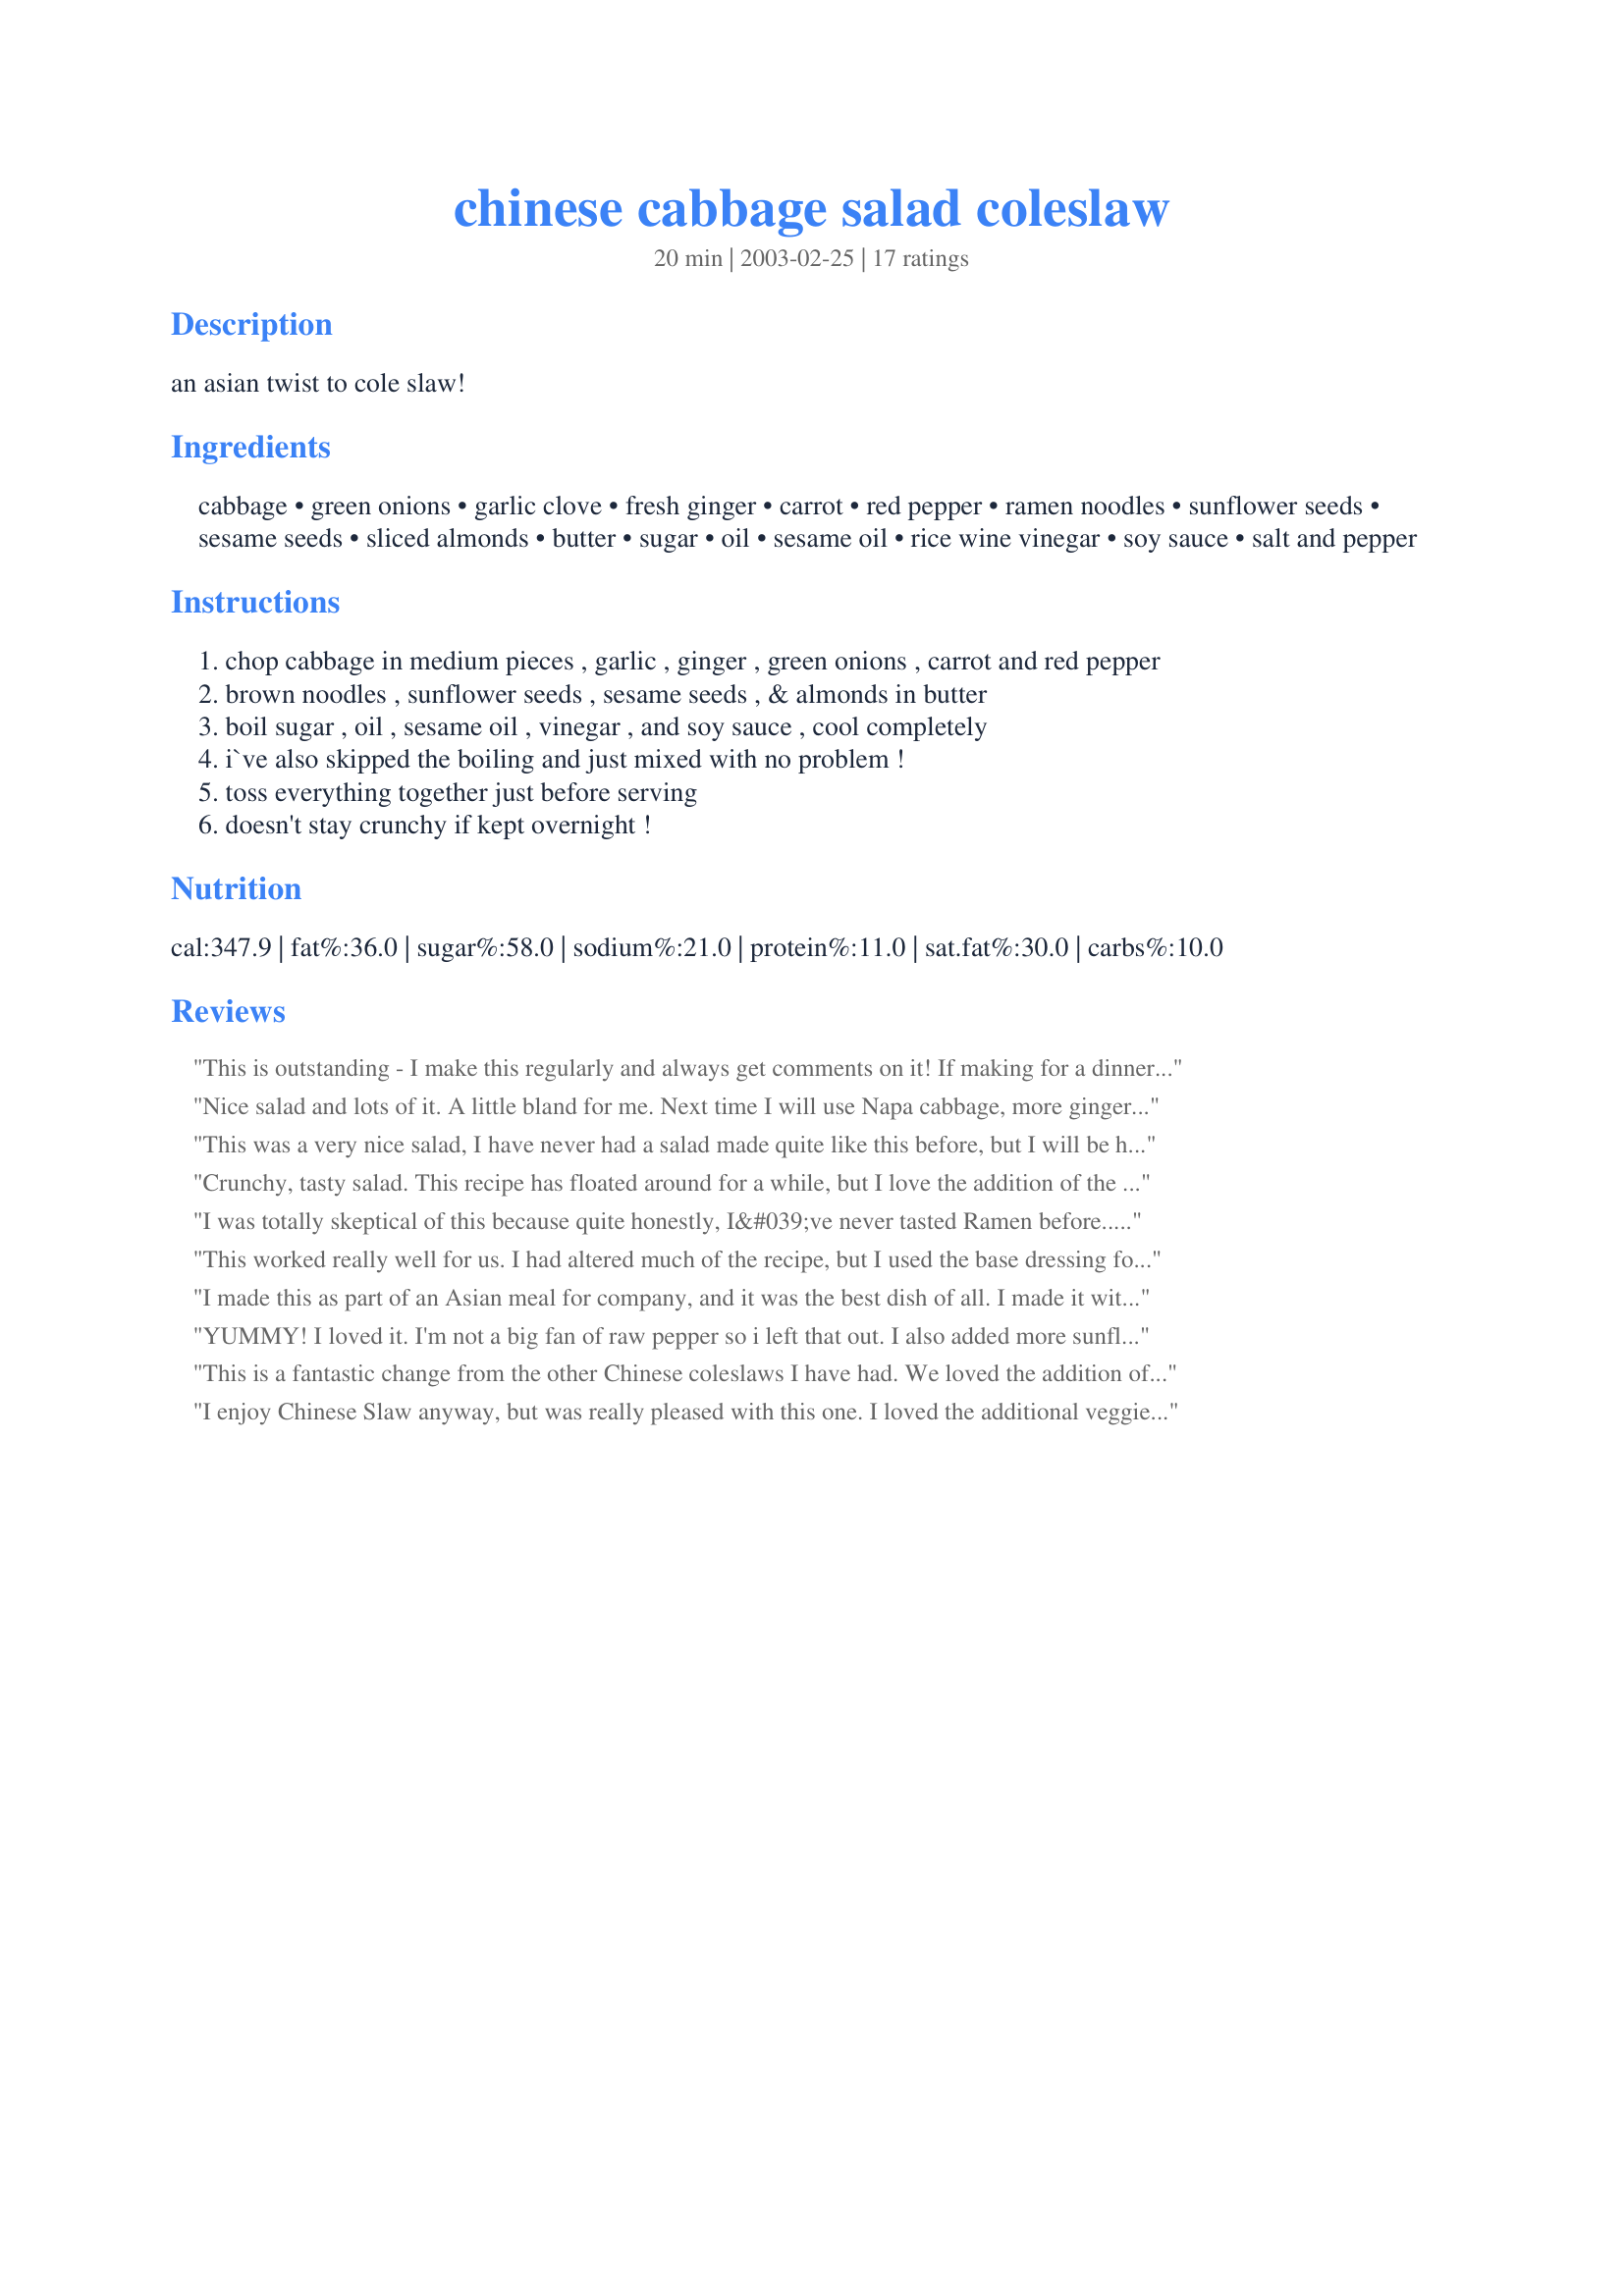
chinese cabbage salad coleslaw
Preparation time: 20 minutes

an asian twist to cole slaw!

Ingredients:
cabbage, green onions, garlic clove, fresh ginger, carrot, red pepper, ramen noodles, sunflower seeds, sesame seeds, sliced almonds, butter, sugar, oil, sesame oil, rice wine vinegar, soy sauce, salt and pepper

Steps:
chop cabbage in medium pieces , garlic , ginger , green onions , carrot and red pepper
brown noodles , sunflower seeds , sesame seeds , & almonds in butter
boil sugar , oil , sesame oil , vinegar , and soy sauce , cool completely
i`ve also skipped the boiling and just mixed with no problem !
toss everything together just before serving
doesn't stay crunchy if kept overnight !

Reviews:
This is outstanding - I make this regularly and always get comments on it! If making for a dinner party I often make the sauce and noodle/nut/seed mixture a day or so beforehand and just store in airtight containers til needed. Thanks for a great recipe!
Nice salad and lots of it. A little bland for me.
Next time I will use Napa cabbage, more ginger, more sesame seeds. Perhaps a dash of hot sauce. Definitely needs salt and pepper. I will tweak and report on results.
This was a very nice salad, I have never had a salad made quite like this before, but I will be having it again so so different for us, but we really likes it. I knew I would, but DH is a fuss pot and I really didn't think he would eat it, but I was amazed he loved it. Very very crunchy. I served it with recipe#301990#301990 and they worked very well together thank you so much for posting. Made for ZWT#6 2010
Crunchy, tasty salad. This recipe has floated around for a while, but I love the addition of the nuts and seeds in this variation. I added some minced cilantro to the mix, and I cut down on the oil, using only 1/2 cup and it was more than enough. I'll cut down even more when I make it again...and I certainly will!
I was totally skeptical of this because quite honestly, I&#039;ve never tasted Ramen before....Yes, I know, I am weird in that way...lol. However, since my daughter eats it, we had some on hand and I wanted to try something new with the half head of cabbage I had. Once I got it all assembled and tasted it, I was totally shocked. It is amazingly delicious! I will definitely be sharing this recipe with many others.
This worked really well for us. I had altered much of the recipe, but I used the base dressing for us. Because of allergies, we can't make most cabbage salads using the ramen seasoning mix. I'm really glad to have found this recipe. I skipped browning the items in butter (DS allergic). I also didn't boil the mix, just tossed it in the micro for 30 seconds to dissolve the sugar. We can't have almonds (DS is ANA to nuts) so we upped the sunflower seeds. I didn't have any green onions, so I used onion chives out of my garden. I also added 1 whole cucumber because my family loves them. After all these tweaks, it still worked good for us. Thanks for sharing the recipe!
I made this as part of an Asian meal for company, and it was the best dish of all. I made it without the ramen noodles or almonds (allergies) but added cashews. Everyone loved it and the 4 of us ate the "serves 10-12" amount.
YUMMY! I loved it. I'm not a big fan of raw pepper so i left that out. I also added more sunflower and sesame seeds. I kept the oil to 1/2 cup and added about double the sesame oil. Also used low sodium soy sauce and left out the salt and pepper. I would also recommend sauteing the ramen noodles first until they are slightly golden, then adding in the nuts and seeds. Also if taking to a party - I'd keep the crunchy stuff out until ready to eat as they soak up the dressing and loose their crunch. I plan to keep this on hand - in 3 separate parts - for summer dinners when I need a salad.
This is a fantastic change from the other Chinese coleslaws I have had. We loved the addition of extra veggies and the mix of nuts. Thanks for the great recipe!
I enjoy Chinese Slaw anyway, but was really pleased with this one. I loved the additional veggies & especially the nuts. The salad was pleasing visually & the crunch fantastic. I did make a few minor changes trying to reduce fat & following the other reviewers advice. I eliminated the browning in butter step & the butter. I also cut the oil in half. I found it more than enough to coat everything. I will be making this again. Thanks Rita!
I leave out the oil/butter.
Only problem I had was we didn\'t make enough for our party. It was gone fast. There was a little too much liquid though, so agree with first reviewer to cut down on oil.
I love Chinese coleslaw, and really enjoyed the red pepper in this. I made it for a potluck, and knew some were allergic to soy and dairy, so used corn oil to crisp up the noddles, nuts, etc. and left out the soy sauce. Thanks Rita! I got asked for the recipe!
Very refreshing and simple salad. I decreased the amount of oil used to 1/4 C of olive oil and 1 TB sesame oil (I think next time I will increase amount of sesame oil), and used apple cider vinegar instead of rice wine vinegar. I also skipped the browning step, as I wanted to save some calories and fat. I think next time I will add some grilled chicken to turn this into a main meal. Thanks for sharing!
This is delicious! I didn't throw the crunchy parts in until the very last minute, and I'm so glad I waited...this is sooo delicious! Loved this salad....thanks for sharing!
Very good!
This was really good, and even better the next day. I increased the amount of "dressing" and cooked the noodles. Everyone loved it. Thanks for posting.
